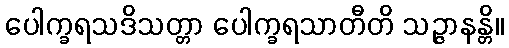
ပေါက္ခရသဒိသတ္တာ ပေါက္ခရသာတီတိ သဉ္ဇာနန္တိ။